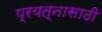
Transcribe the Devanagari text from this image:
प्रयत्‍नासाठी